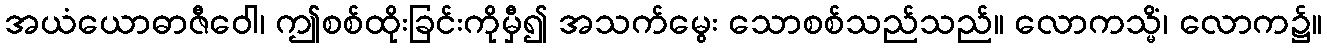
အယံယောဓာဇီဝေါ၊ ဤစစ်ထိုးခြင်းကိုမှီ၍ အသက်မွေး သောစစ်သည်သည်။ လောကသ္မိံ၊ လောက၌။